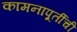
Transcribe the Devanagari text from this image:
कामनापूर्तीची